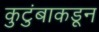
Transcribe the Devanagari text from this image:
कुटुंबाकडून